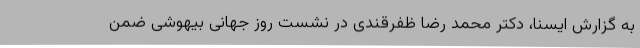
به گزارش ایسنا، دکتر محمد رضا ظفرقندی در نشست روز جهانی بیهوشی ضمن